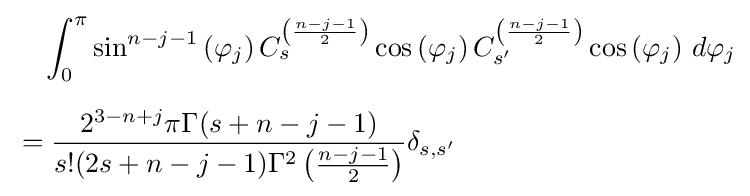
{\begin{aligned}&{}\quad \int _{0}^{\pi }\sin ^{n-j-1}\left(\varphi _{j}\right)C_{s}^{\left({\frac {n-j-1}{2}}\right)}\cos \left(\varphi _{j}\right)C_{s'}^{\left({\frac {n-j-1}{2}}\right)}\cos \left(\varphi _{j}\right)\,d\varphi _{j}\\[6pt]&={\frac {2^{3-n+j}\pi \Gamma (s+n-j-1)}{s!(2s+n-j-1)\Gamma ^{2}\left({\frac {n-j-1}{2}}\right)}}\delta _{s,s'}\end{aligned}}